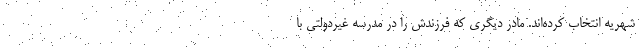
شهریه انتخاب کرده‌اند. مادر دیگری که فرزندش را در مدرسه غیردولتی با